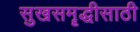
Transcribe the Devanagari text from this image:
सुखसमॄद्धीसाठी